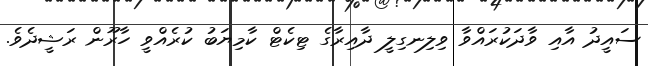
ސައީދު އާއި ވާދަކުރައްވާ ވިލިނގިލީ ދާއިރާގެ ޓިކެޓް ކާމިޔަބު ކުރެއްވީ ހާރޫން ރަޝީދެވެ.